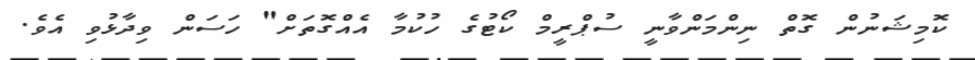
ކޮމިޝަނުން ގޮތް ނިންމަންވާނީ ސުޕްރީމް ކޯޓުގެ ހުކުމާ އެއްގޮތަށް" ހަސަން ވިދާޅުވި އެވެ.